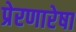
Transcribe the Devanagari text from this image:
प्रेरणारेषा